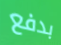
بدفع